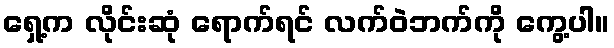
ရှေ့က လိုင်းဆုံ ရောက်ရင် လက်ဝဲဘက်ကို ကွေ့ပါ။